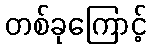
တစ်ခုကြောင့်